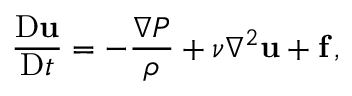
\frac { \mathrm { D } \mathbf { u } } { \mathrm { D } t } = - \frac { \nabla P } { \rho } + \nu \nabla ^ { 2 } \mathbf { u } + \mathbf { f } \, ,